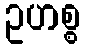
ဥဟစ္စ